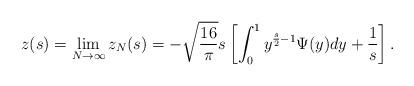
LaTeX: \begin{align*}z(s) = \lim_{N \rightarrow \infty} z_N(s) = -\sqrt{\frac{16}{\pi}} s\left[ \int_{0}^{1} y^{\frac{s}{2} - 1} \Psi(y) dy + \frac{1}{s} \right].\end{align*}